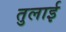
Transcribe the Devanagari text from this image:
तुलाई